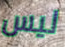
ليس